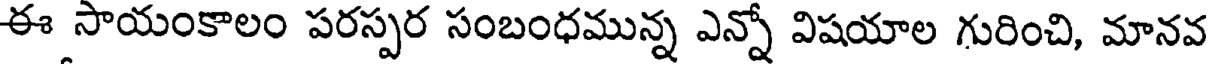
ఈ సాయంకాలం పరస్పర సంబంధమున్న ఎన్నో విషయాల గురించి, మానవ